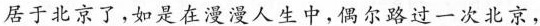
居于北京了，如是在漫漫人生中，偶尔路过一次北京，